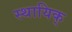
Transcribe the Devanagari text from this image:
स्थायिक्